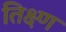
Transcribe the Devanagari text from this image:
तिक्ष्ण